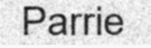
Parrie